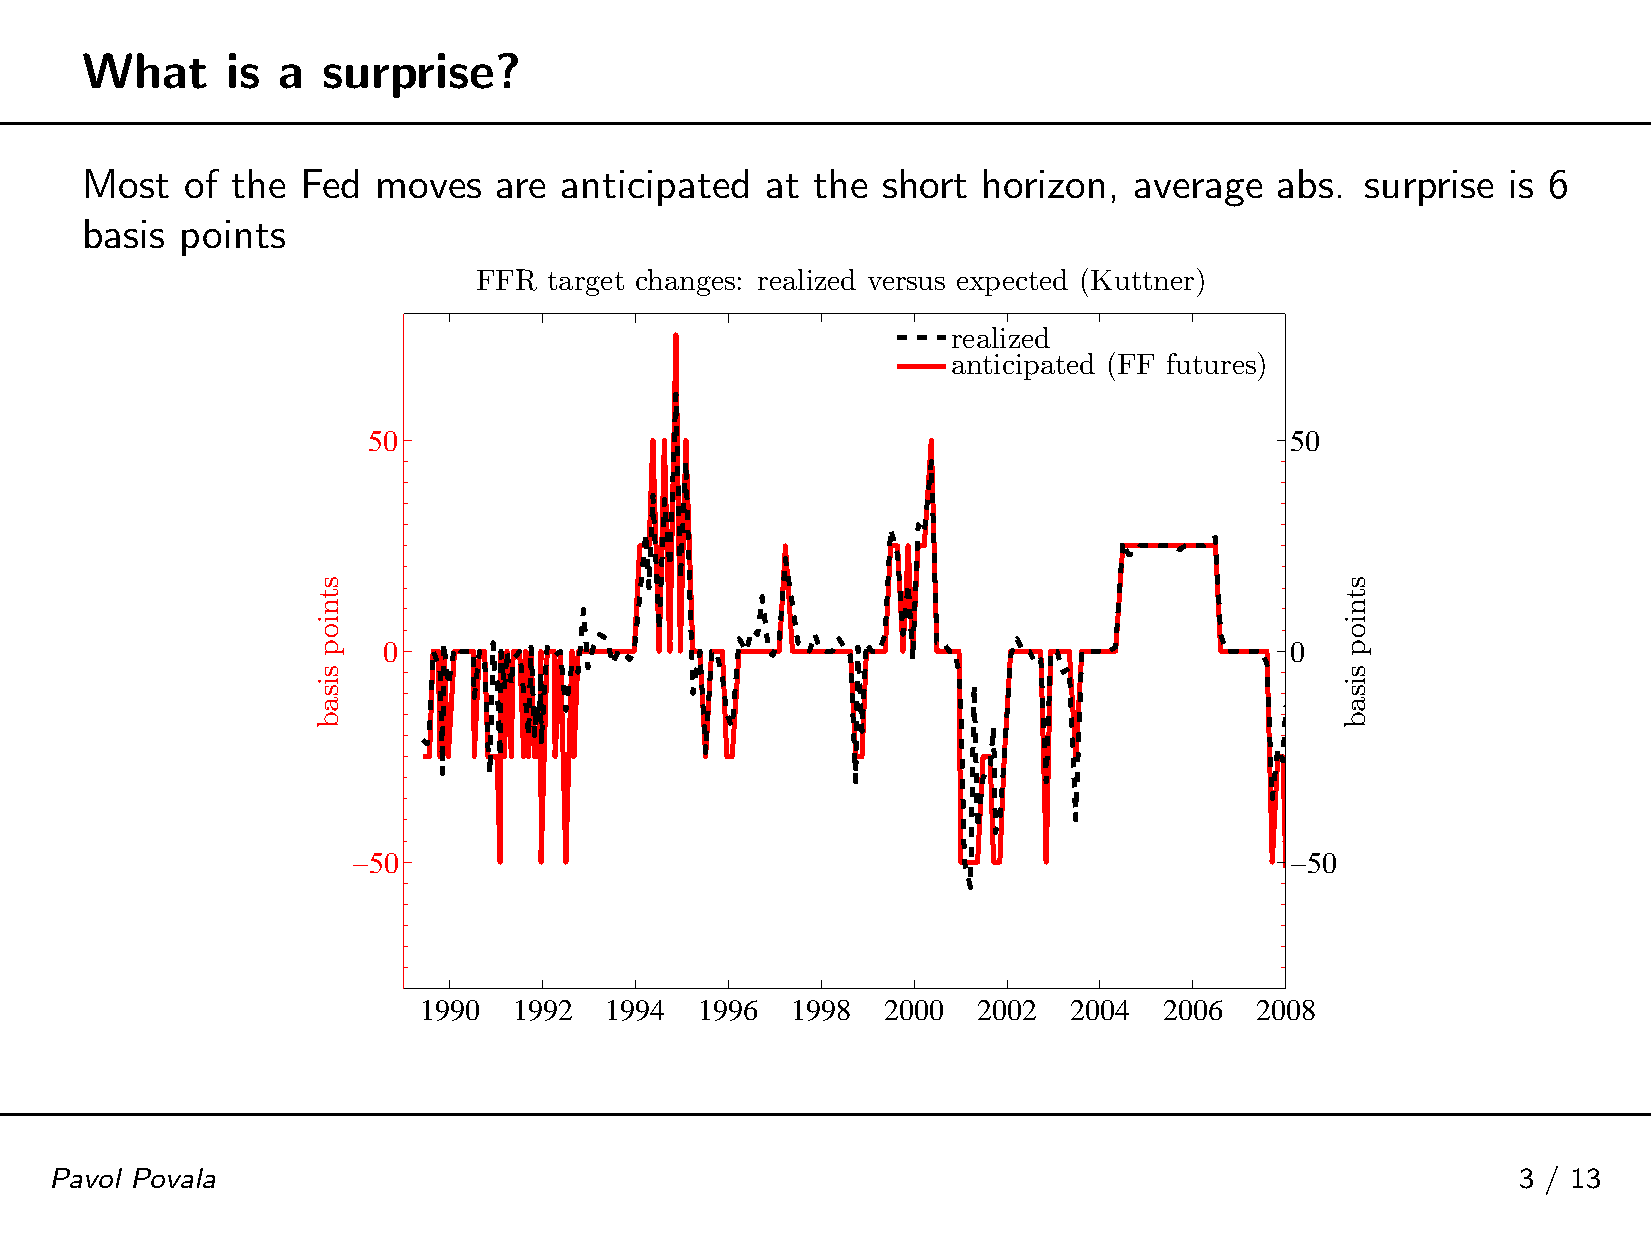
What      is a  surprise?
 Most   of the  Fed  moves   are anticipated   at the short  horizon,  average   abs. surprise  is 6
 basis  points
 FFR  target changes: realized versus expected (Kuttner)
 realized
 anticipated (FF futures)
 50                                                           50
 0                                                           0
 −50                                                           −50
 11999900 11999922 11999944 11999966 11999988 22000000 22000022 22000044 22000066 22000088
 Pavol Povala                                                                                      3 / 13
 stniop
 sisab
 stniop
 sisab